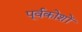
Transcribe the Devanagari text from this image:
पूर्वकोशों